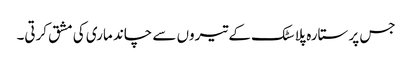
جس پر ستارہ پلاسٹک کے تیروں سے چاند ماری کی مشق کرتی۔